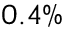
0 . 4 \%